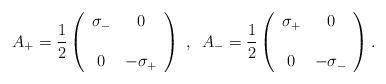
LaTeX: \begin{align*}A_+=\frac{1}{2}\left(\begin{array}{cc}\sigma_-&0\\ \\ 0& -\sigma_+\end{array}\right)\; ,\;\;A_-=\frac{1}{2}\left(\begin{array}{cc}\sigma_+&0\\ \\ 0 & -\sigma_- \end{array}\right).\end{align*}